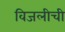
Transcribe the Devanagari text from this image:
विजलीची